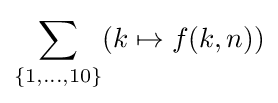
\sum _{\{1,\ldots ,10\}}(k\mapsto f(k,n))